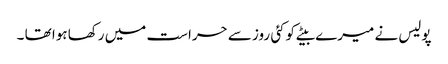
پولیس نے میرے بیٹے کوکئی روز سے حراست میں رکھا ہوا تھا ۔